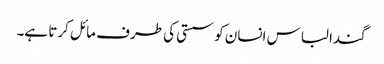
گندا لباس انسان کو سستی کی طرف مائل کرتا ہے۔